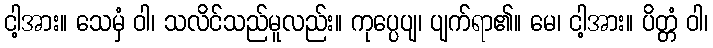
ငါ့အား။ သေမှံ ဝါ၊ သလိင်သည်မူလည်း။ ကုပ္ပေပျ၊ ပျက်ရာ၏။ မေ၊ ငါ့အား။ ပိတ္တံ ဝါ၊